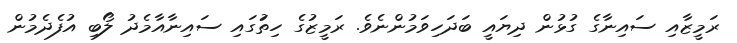
ރަމީޒާއި ސައިނާގެ ގުޅުން ދިޔައީ ބަދަހިވަމުންނެވެ. ރަމީޒުގެ ހިތުަގައި ސައިނާއާމެދު ލޯބި އުފެދެމުން